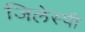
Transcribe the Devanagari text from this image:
जिलेस्पी